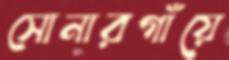
সোনারগাঁয়ে